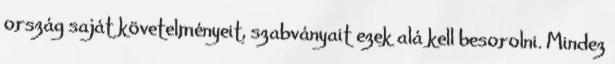
ország saját követelményeit, szabványait ezek alá kell besorolni. Mindez